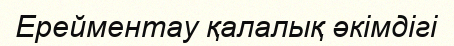
Ерейментау қалалық әкімдігі